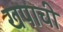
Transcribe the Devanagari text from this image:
खपाची